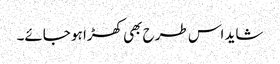
شاید اس طرح بھی کھڑا ہو جائے۔